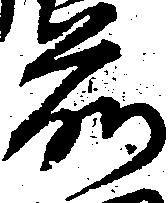
前